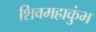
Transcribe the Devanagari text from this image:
शिवमहाकुंभ